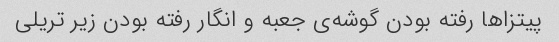
پیتزا‌ها رفته بودن گوشه‌ی جعبه و انگار رفته بودن زیر تریلی